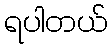
ရပါတယ်